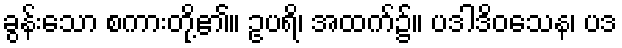
ခွန်းသော စကားတို့၏။ ဥပရိ၊ အထက်၌။ ပဒါဒိဝသေန၊ ပဒ